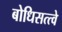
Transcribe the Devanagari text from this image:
बोधिसत्त्वे